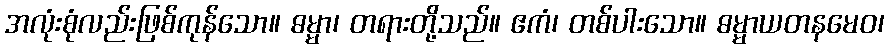
အလုံးစုံလည်းဖြစ်ကုန်သော။ ဓမ္မာ၊ တရားတို့သည်။ ဧကံ၊ တစ်ပါးသော။ ဓမ္မာယတနမေဝ၊